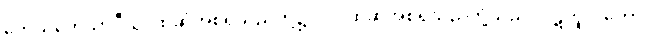
တေသုကေသာဒီသု၊ ထိုဆံအစရှိသည်တို့၌။ ဝါ၊ ထိုဆံအစရှိသည်တို့သည်။ ပဋိကူလတော၊